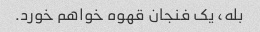
بله، یک فنجان قهوه خواهم خورد.